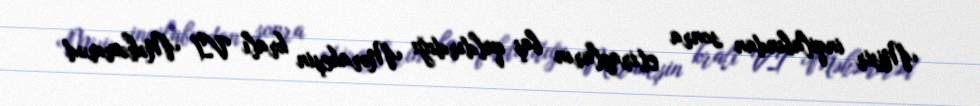
Misir inqilabından sonra etirazların baş qaldırdığı Mərakeşin kralı VI Məhəmməd